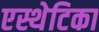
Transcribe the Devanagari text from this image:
एस्थेटिका